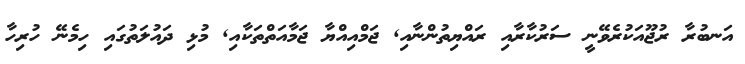
އަނބުރާ ރުޖޫއަކުރެވޭނީ ސަރުކާރާއި ރައްޔިތުންނާއި